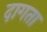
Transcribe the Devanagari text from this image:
दागता